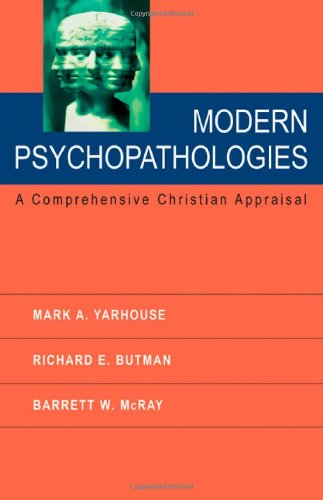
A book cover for Modern Psychopathologies: A Comprehensive Christian Appraisal; Mark A. Yarhouse; Health, Fitness & Dieting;